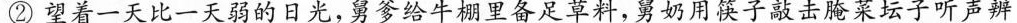
②望着一天比一天弱的日光，舅爹给牛棚里备足草料，舅奶用筷子敲击腌菜坛子听声辨